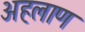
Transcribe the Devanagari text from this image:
अहलाण